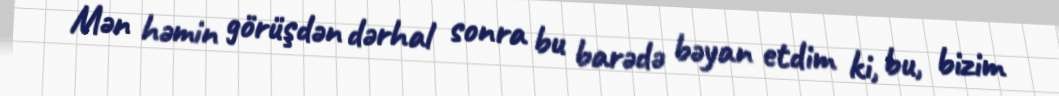
Mən həmin görüşdən dərhal sonra bu barədə bəyan etdim ki, bu, bizim